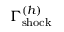
\Gamma _ { \mathrm { s h o c k } } ^ { ( h ) }